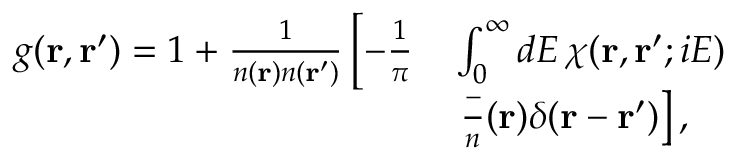
\begin{array} { r l } { g ( \mathbf { r } , \mathbf { r } ^ { \prime } ) = 1 + \frac { 1 } { n ( \mathbf { r } ) n ( \mathbf { r } ^ { \prime } ) } \left[ - \frac { 1 } { \pi } \right. } & { \int _ { 0 } ^ { \infty } d E \, \chi ( \mathbf { r } , \mathbf { r } ^ { \prime } ; i E ) } \\ & { \left. \frac - n ( \mathbf { r } ) \delta ( \mathbf { r } - \mathbf { r } ^ { \prime } ) \right] , } \end{array}